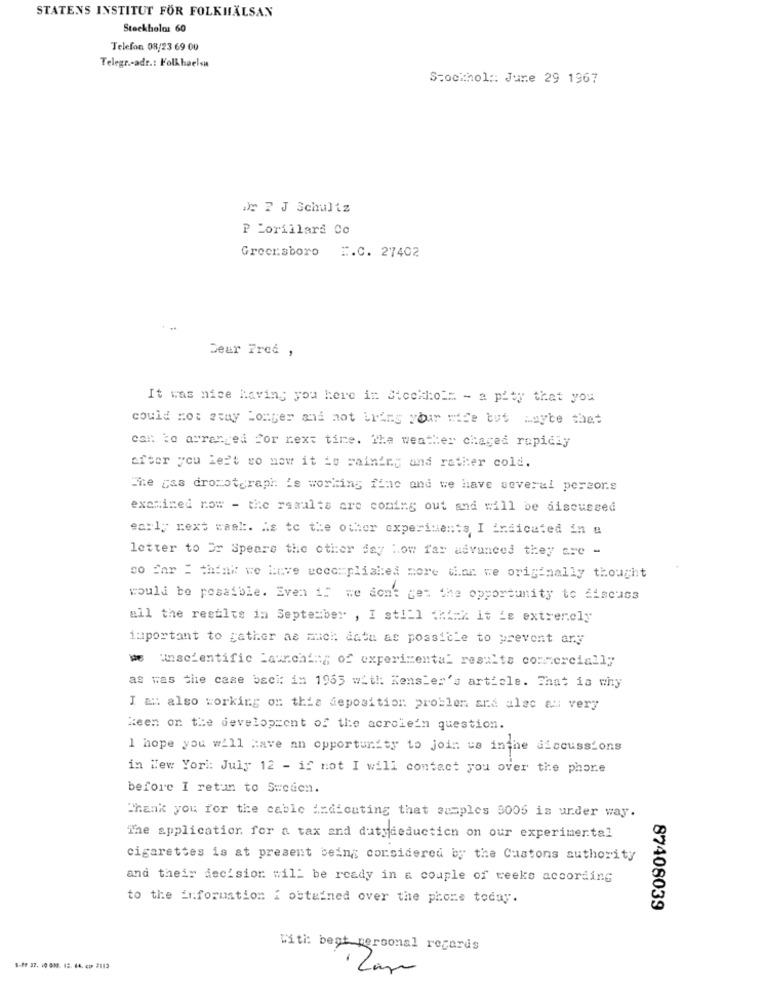
STATENS INSTITUT FOR FOLKHÄLSAN
Stockholos 60
Telefon 08/23 69 00
Telegr .- adr .: Folkhaelst
Stockhol :: June 29 1967
De ? J Schultz
P Lorillard Co
Greensboro #.C. 27402
Dear Fred ,
It was nice having you here in Stockholm - a pity that you
could not stay Comger and not bring your wife but maybe the
cal: to arranged for next time. The weather chaged rapidly
after you left so now it is raining and rather cold.
The gas dromotgraph is working fine and we have several perzorg
examined now - the results are coming out and will be discussed
early next rask. As to the other experiments I indicated in &
letter to Or Speare the other day how far advanced they are -
so Enr : think we have accomplished more than we originally thought
would be possible. Even if we don't get the opportunity to discuss
all the regilts in September , I still think it is extremely
important to gather as much: data as possible to prevent ary
we unscientific Launching; of experimental results commercially
as was the case baci: in 1955 with: Kensler's article. That is why
I a :: also working on this deposition problem and alec al very
keen on the development of the acrolein question.
I hope you will have an opportunity to join us inthe discussions
in New York: July 12 - if not I will contact you over the phone
before I retun to Sweden.
Thank you for the cable indicating that ausples 9005 is under way.
The application for a tax and dutydeduction on our experimental
cigarettes is at present being considered by the Custons authority
and their decision will be ready in a couple of weeks according
to the information i obtained over the phone today.
87408039
With: beot personal records
S-Pf 37. 10 000: 12. 64. co 7113